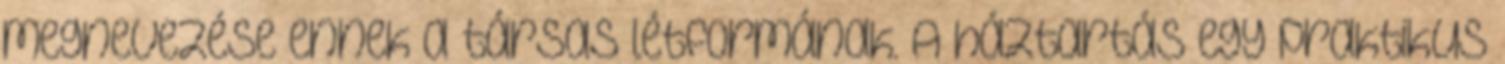
megnevezése ennek a társas létformának. A háztartás egy praktikus